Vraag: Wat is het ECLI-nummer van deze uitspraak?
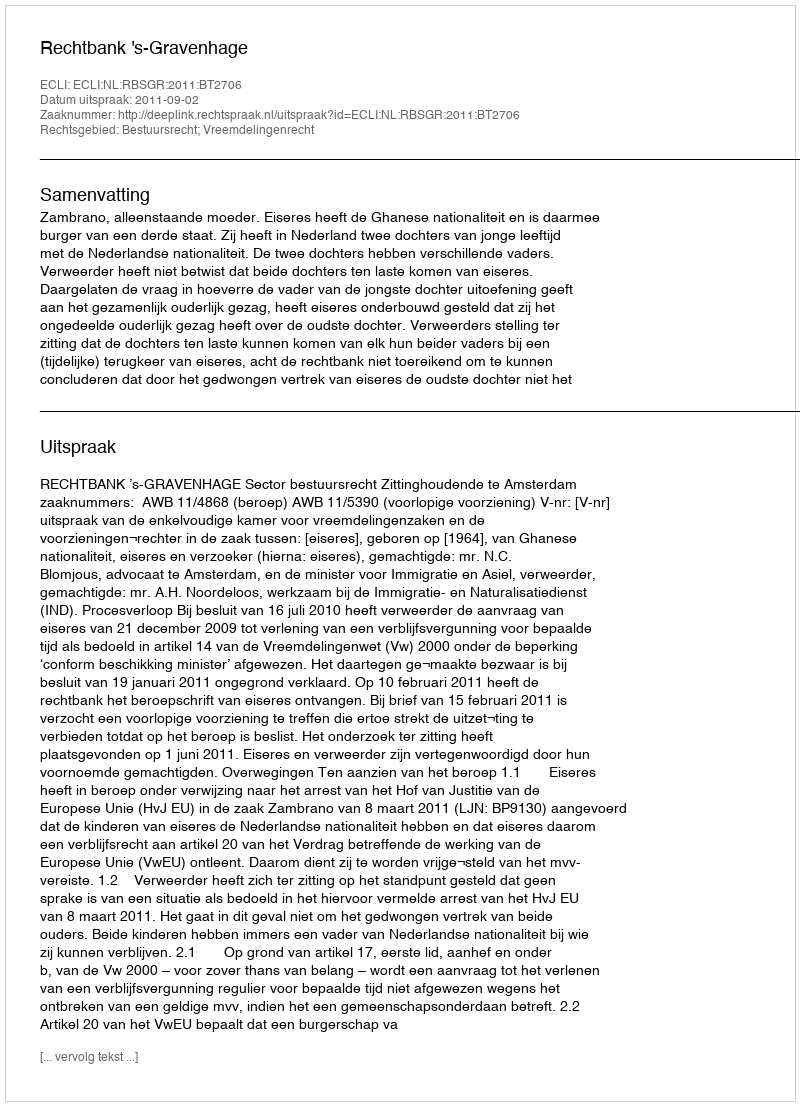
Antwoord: ECLI:NL:RBSGR:2011:BT2706